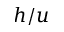
h / u